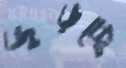
জুড়চ্ছে